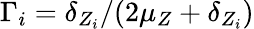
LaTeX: \Gamma_{i}=\delta_{Z_{i}}/(2\mu_{Z}+\delta_{Z_{i}})